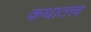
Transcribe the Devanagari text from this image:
कथातत्त्व